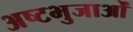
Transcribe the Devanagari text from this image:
अष्टभुजाओं